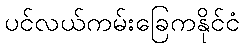
ပင်လယ်ကမ်းခြေကနိုင်ငံ